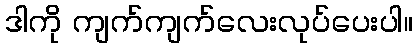
ဒါကို ကျက်ကျက်လေးလုပ်ပေးပါ။